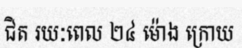
ជិត រយៈពេល ២៤ ម៉ោង ក្រោយ